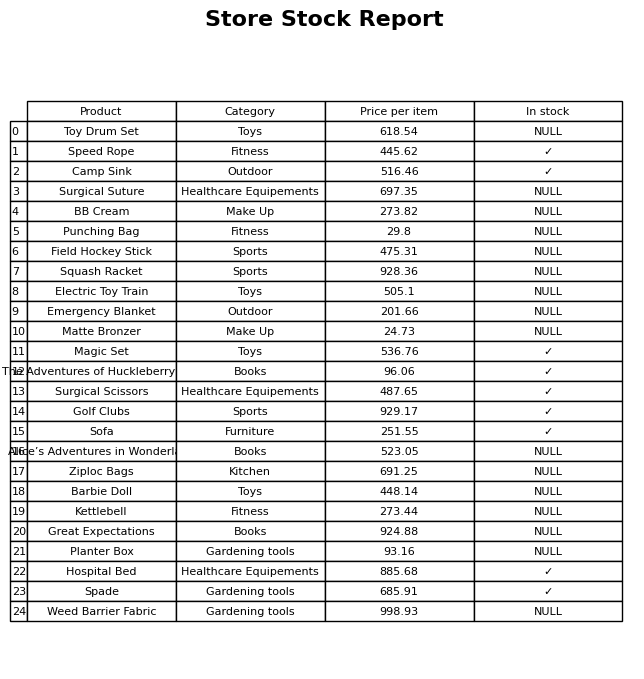
question: What is the price for Punching Bag?
answer: The price of Punching Bag is 29.8.